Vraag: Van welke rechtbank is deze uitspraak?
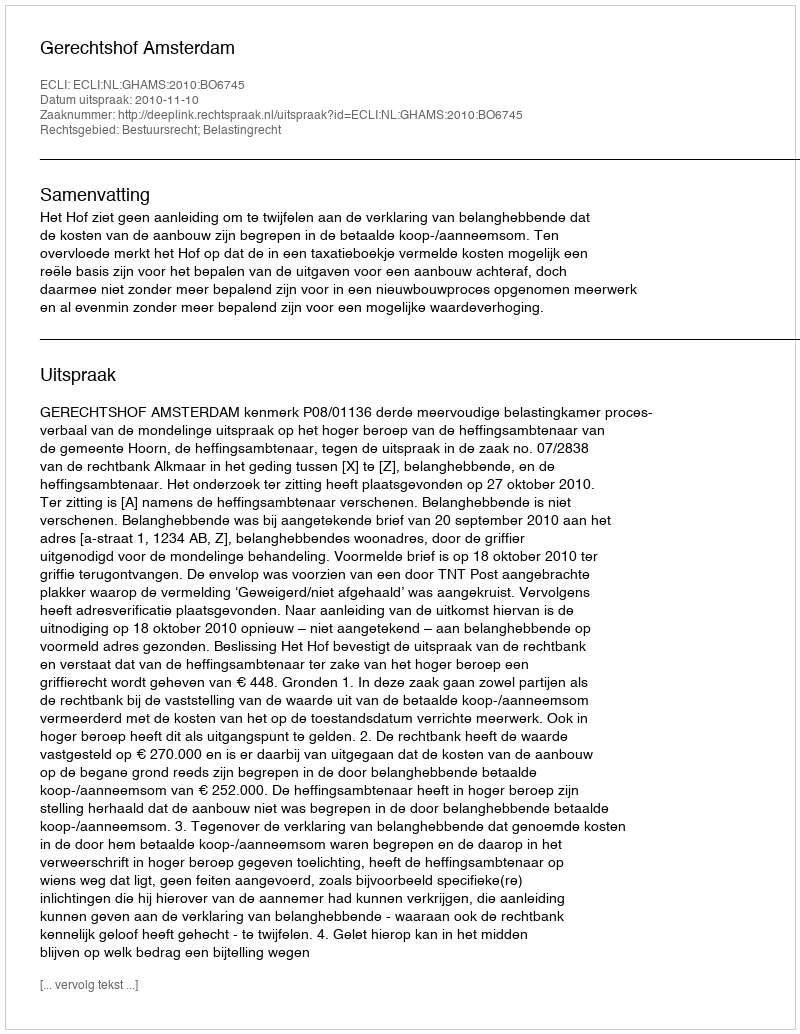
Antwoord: Gerechtshof Amsterdam